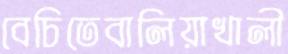
বেচিতেবালিয়াখালী